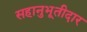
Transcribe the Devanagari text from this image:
सहानुभूतीदार